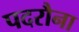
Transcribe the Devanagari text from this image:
पदरौना